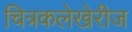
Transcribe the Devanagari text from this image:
चित्रकलेखेरीज